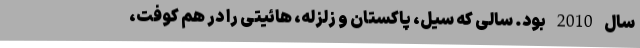
سال 2010 بود. سالی که سیل، پاکستان و زلزله، هائیتی را در هم کوفت،